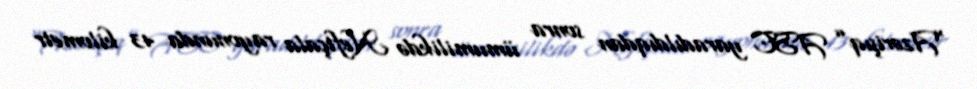
“Azərişıq” ASC yaradıldıqdan sonra ümumilikdə Neftçala rayonunda 43 kilometr